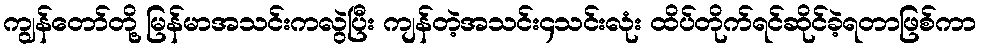
ကျွန်တော်တို့ မြန်မာအသင်းကလွဲပြီး ကျန်တဲ့အသင်း၄သင်းလုံး ထိပ်တိုက်ရင်ဆိုင်ခဲ့ရတာဖြစ်ကာ